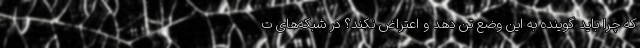
که چرا باید گوینده به این وضع تن دهد و اعتراض نکند؟ در شبکه‌های ت